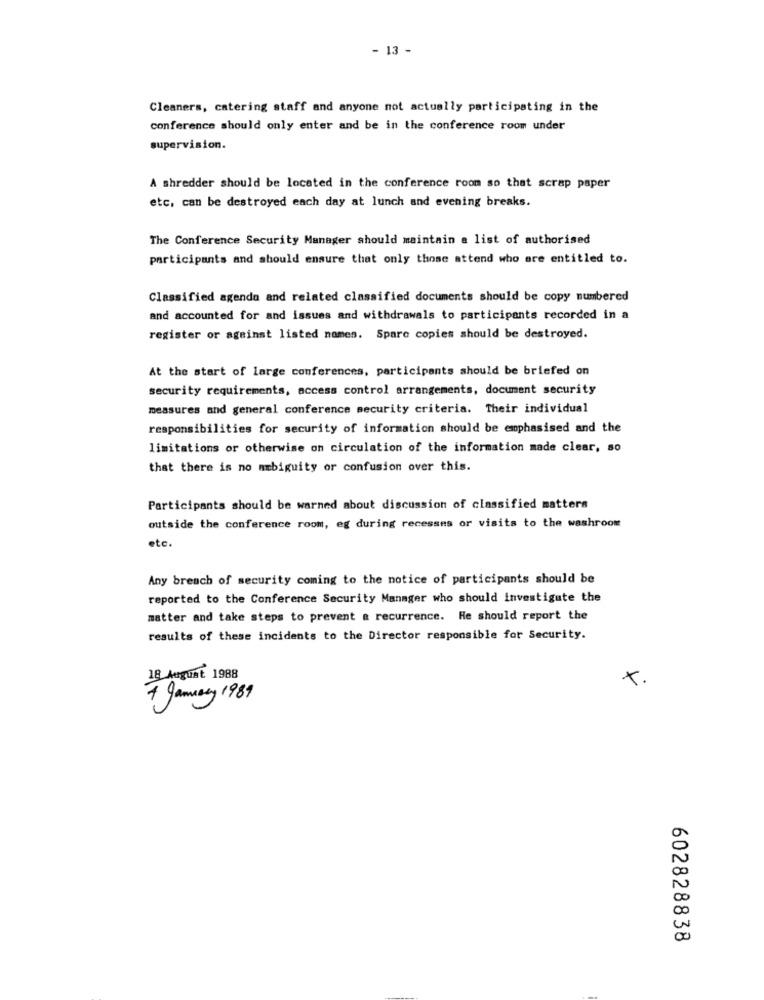
- 13 -
Cleaners, catering staff and anyone not actually participating in the
conference should only enter and be in the conference room under
supervision.
A shredder should be located in the conference room so that scrap paper
etc. can be destroyed each day at lunch and evening breaks.
The Conference Security Manager should maintain a list of authorised
participants and should ensure that only those attend who are entitled to.
Classified agenda and related classified documents should be copy numbered
and accounted for and issues and withdrawals to participants recorded in a
register or against listed names. Spare copies should be destroyed.
At the start of large conferences, participants should be briefed on
security requirements, access control arrangements, document security
measures and general conference security criteria. Their individual
responsibilities for security of information should be emphasised and the
limitations or otherwise on circulation of the information made clear, so
that there is no ambiguity or confusion over this.
Participants should be warned about discussion of classified matters
outside the conference room, eg during recesses or visits to the washroom
etc.
Any breach of security coming to the notice of participants should be
reported to the Conference Security Manager who should investigate the
matter and take steps to prevent a recurrence. He should report the
results of these incidents to the Director responsible for Security.
18 August 1988
x.
7 January 1989
00
N
602828838